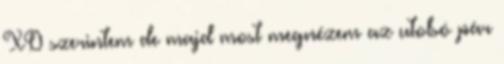
XD szerintem de majd most megnézem az utolsó pár